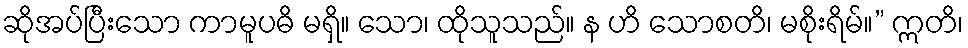
ဆိုအပ်ပြီးသော ကာမူပဓိ မရှိ။ သော၊ ထိုသူသည်။ န ဟိ သောစတိ၊ မစိုးရိမ်။” ဣတိ၊